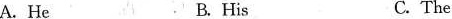
A. He B. His C. The